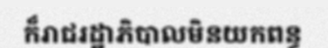
ក៏រាជរដ្ឋាភិបាលមិនយកពន្ធ